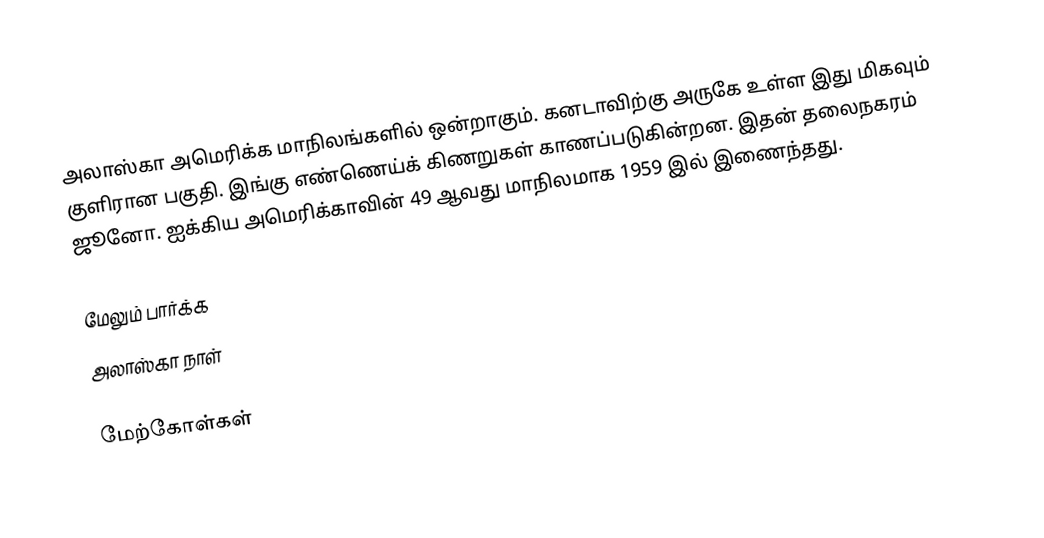
அலாஸ்கா அமெரிக்க மாநிலங்களில் ஒன்றாகும். கனடாவிற்கு அருகே உள்ள இது மிகவும் குளிரான பகுதி. இங்கு எண்ணெய்க் கிணறுகள் காணப்படுகின்றன. இதன் தலைநகரம் ஜூனோ. ஐக்கிய அமெரிக்காவின் 49 ஆவது மாநிலமாக 1959 இல் இணைந்தது.

மேலும் பார்க்க
 அலாஸ்கா நாள்

மேற்கோள்கள்